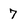
Character: 7